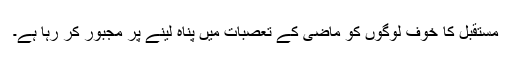
مستقبل کا خوف لوگوں کو ماضی کے تعصبات میں پناہ لینے پر مجبور کر رہا ہے۔